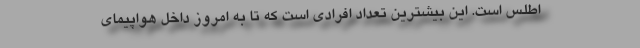
اطلس است. این بیشترین تعداد افرادی است که تا به امروز داخل هواپیمای